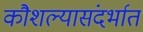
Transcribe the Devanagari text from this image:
कौशल्यासंदर्भात